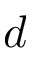
d